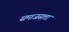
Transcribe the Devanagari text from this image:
समाजसत्ता